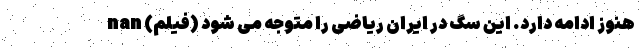
هنوز ادامه دارد. این سگ در ایران ریاضی را متوجه می شود (فیلم) nan